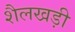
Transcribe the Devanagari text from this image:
शैलखड़ी